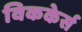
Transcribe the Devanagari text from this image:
विककेर्स